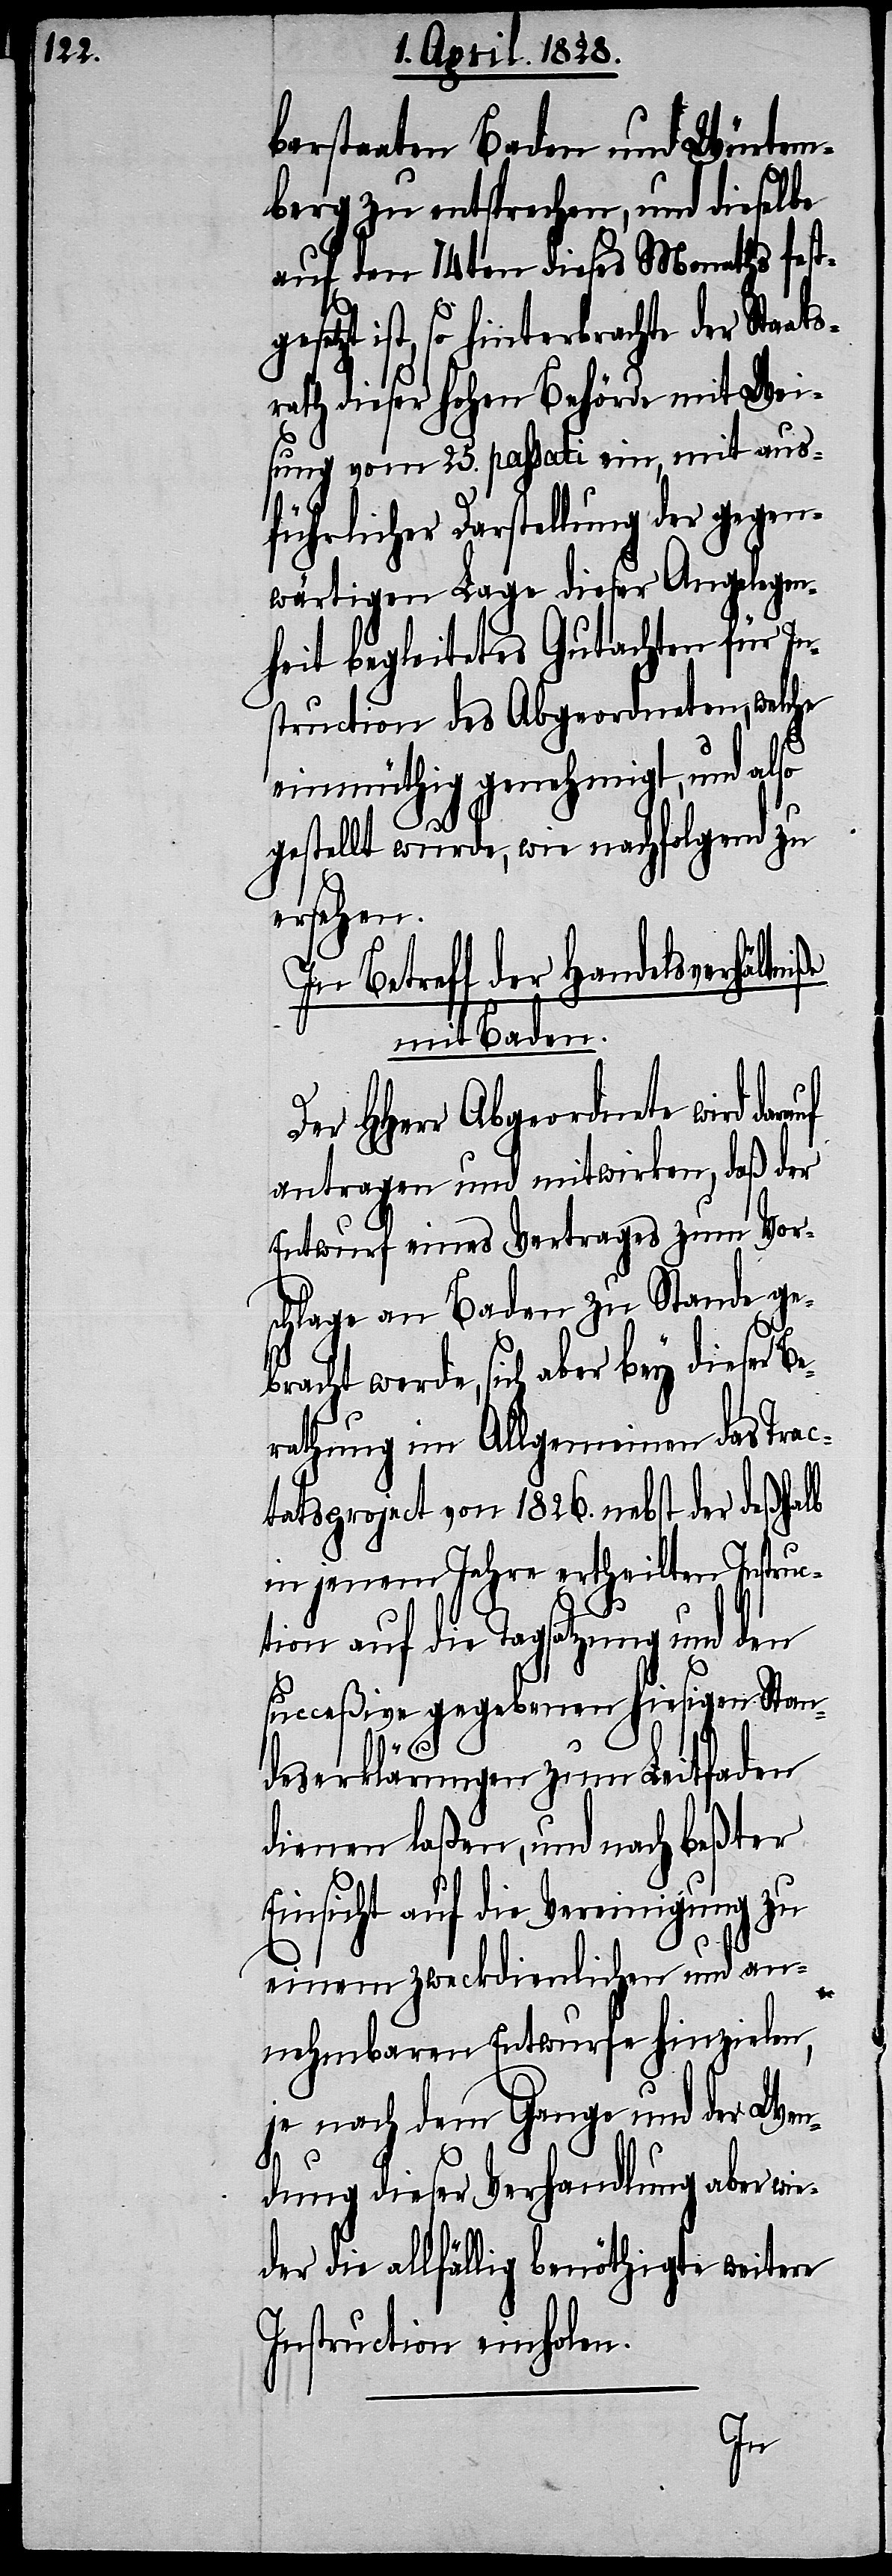
barstaaten Baden und Würtem¬
berg zu entsprechen, und dieselbe
auf den 14ten dieses Monaths festg¬
esetzt ist, so hinterbrachte der Sta¬
rath dieser hohen Behörde mit Wei¬
sung vom 25. passati ein, mit aus¬
führlicher Darstellung der gegen¬
wärtigen Lage dieser Angelegen¬
heit begleitetes Gutachten für In¬
struction des Abgeordneten, welche
iße
einmüthig genehmigt, und also
gestellt wurde, wie nachfolgend zu
ersehen.
In Betreff der Handelsverhältn¬
mit Baden.
Der HHerr Abgeordnete wird dar¬
antragen und mitwirken, daß der
Entwurf eines Vertrages zum Vor¬
schlage an Baden zu Stande ge¬
bracht werde, sich aber bey dieser B¬
erathung im Allgemeinen das Trac¬
tatsproject von 1826. nebst der deßhalb
in jenem Jahre ertheilten Instruc¬
tion auf die Tagsatzung und den
succeßive gegebenen hiesigen Stan¬
auf
deserklärungen zum Leitfaden
dienen laßen, und nach beßter
Einsicht auf die Vereinigung zu
einem zweckdienlichen und an¬
nehmbaren Entwurfe hinzielen,
je nach dem Gange und der Wen¬
dung dieser Verhandlung aber wi¬
eder die allfällig benöthigte weitere
Instruction einholen.